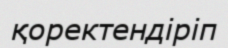
қоректендіріп